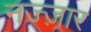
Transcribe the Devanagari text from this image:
नज्ज़ार